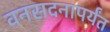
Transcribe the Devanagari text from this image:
वनसदनापर्यंत